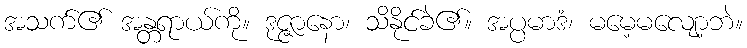
အသက်၏ အန္တရာယ်ကို။ ဒုဇ္ဇာနော၊ သိနိုင်ခဲ၏။ အပ္ပမာဒံ၊ မမေ့မလျော့ဘဲ။